[Report on the health of British troops in the Madras command]
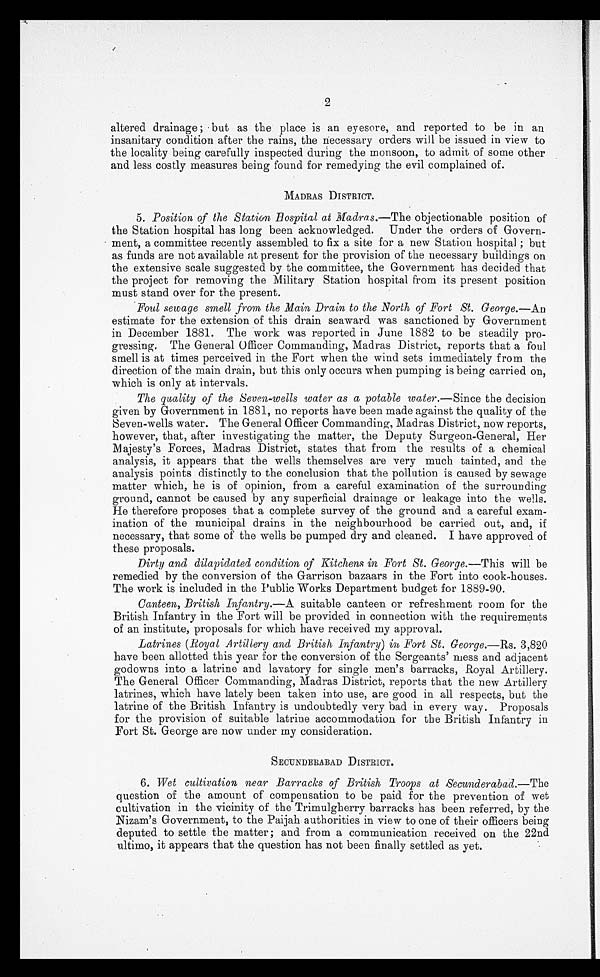
2
altered drainage; but as the place is an eyesore, and reported to be in an
insanitary condition after the rains, the necessary orders will be issued in view to
the locality being carefully inspected during the monsoon, to admit of some other
and less costly measures being found for remedying the evil complained of.
MADRAS DISTRICT.
5. Position of the Station Hospital at Madras.— The objectionable position of
the Station hospital has long been acknowledged. Under the orders of Govern
-ment, a committee recently assembled to fix a site for a new Station hospital; but
as funds are not available at present for the provision of the necessary buildings on
the extensive scale suggested by the committee, the Government has decided that
the project for removing the Military Station hospital from its present position
must stand over for the present.
Foul sewage smell from the Main Drain to the North of Fort St. George.— An
estimate for the extension of this drain seaward was sanctioned by Government
in December 1881. The work was reported in June 1882 to be steadily pro
-gressing. The General Officer Commanding, Madras District, reports that a foul
smell is at times perceived in the Fort when the wind sets immediately from the
direction of the main drain, but this only occurs when pumping is being carried on,
which is only at intervals.
The quality of the Seven-wells water as a potable water.—Since the decision
given by Government in 1881, no reports have been made against the quality of the
seven-wells water. The General Officer Commanding, Madras District, now reports,
however, that, after investigating the matter, the Deputy Surgeon-General, Her
Majesty's Forces, Madras District, states that from the results of a chemical
analysis, it appears that the wells themselves are very much tainted, and the
analysis points distinctly to the conclusion that the pollution is caused by sewage
matter which, he is of opinion, from a careful examination of the surrounding
ground, cannot be caused by any superficial drainage or leakage into the wells.
He therefore proposes that a complete survey of the ground and a careful exam
-ination of the municipal drains in the neighbourhood be carried out, and, if
necessary, that some of the wells be pumped dry and cleaned. I have approved of
these proposals.
Dirty and dilapidated condition of Kitchens in Fort St. George.—This will be
remedied by the conversion of the Garrison bazaars in the Fort into cook-houses.
The work is included in the Public Works Department budget for 1889-90.
Canteen, British Infantry.— A suitable canteen or refreshment room for the
British Infantry in the Fort will be provided in connection with the requirements
of an institute, proposals for which have received my approval.
Latrines (Royal Artillery and British Infantry) in Fort St. George.— Rs. 3,820
have been allotted this year for the conversion of the Sergeants' mess and adjacent
godowns into a latrine and lavatory for single men's barracks, Royal Artillery.
The General Officer Commanding, Madras District, reports that the new Artillery
latrines, which have lately been taken into use, are good in all respects, but the
latrine of the British Infantry is undoubtedly very bad in every way. Proposals
for the provision of suitable latrine accommodation for the British Infantry in
Fort St. George are now under my consideration.
SECUNDERABAD DISTRICT.
6. Wet cultivation near Barracks of British Troops at Secunderabad.— The
question of the amount of compensation to be paid for the prevention of wet
cultivation in the vicinity of the Trimulgherry barracks has been referred, by the
Nizam's Government, to the Paijah authorities in view to one of their officers being
deputed to settle the matter; and from a communication received on the 22nd
ultimo, it appears that the question has not been finally settled as yet.